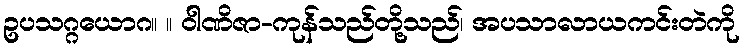
ဥပသဂ္ဂယောဂ။ ။ ဝါဏိဇာ-ကုန်သည်တို့သည်၊ အပသာလာယကင်းတဲကို